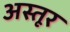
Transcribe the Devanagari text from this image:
अस्तूर